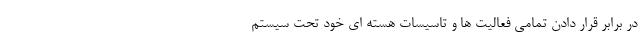
در برابر قرار دادن تمامی فعالیت ها و تاسیسات هسته ای خود تحت سیستم